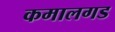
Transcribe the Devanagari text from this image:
कमालगड